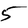
Character: 5